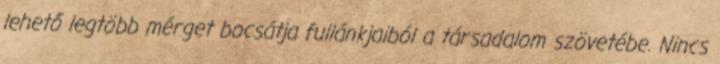
lehető legtöbb mérget bocsátja fullánkjaiból a társadalom szövetébe. Nincs